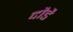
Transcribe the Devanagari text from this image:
दौडै